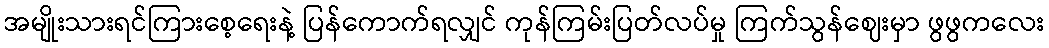
အမျိုးသားရင်ကြားစေ့ရေးနဲ့ ပြန်ကောက်ရလျှင် ကုန်ကြမ်းပြတ်လပ်မှု ကြက်သွန်ဈေးမှာ ဖွဖွကလေး